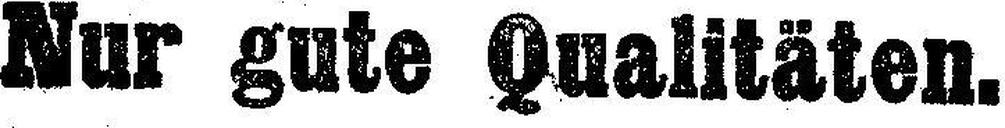
Nur gute Qualitäten.